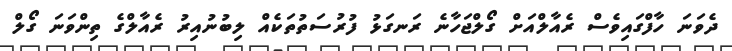
ދެވަނަ ހާފްގައިވެސް ރެއާލްއަށް ގޯލްޖަހާނެ ރަނގަޅު ފުރުސަތުތަކެއް ލިބުނުއިރު ރެއާލްގެ ތިންވަނަ ގޯލް